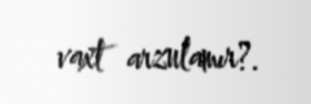
vaxt arzulamır?.